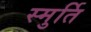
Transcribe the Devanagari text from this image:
स्मुर्ति